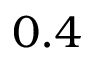
0 . 4